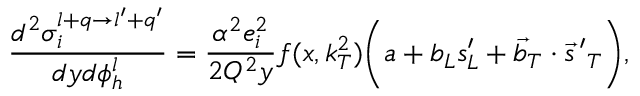
\frac { d ^ { 2 } \sigma _ { i } ^ { l + q \rightarrow l ^ { \prime } + q ^ { \prime } } } { d y d \phi _ { h } ^ { l } } = \frac { \alpha ^ { 2 } e _ { i } ^ { 2 } } { 2 Q ^ { 2 } y } f ( x , k _ { T } ^ { 2 } ) \bigg ( a + b _ { L } s _ { L } ^ { \prime } + \vec { b } _ { T } \cdot \vec { s } { \, ^ { \prime } } _ { T } \bigg ) ,